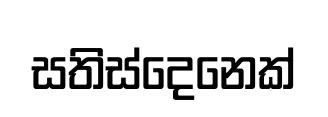
සතිස්දෙනෙක්